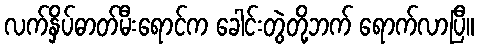
လက်နှိပ်ဓာတ်မီးရောင်က ခေါင်းတွဲတို့ဘက် ရောက်လာပြီ။